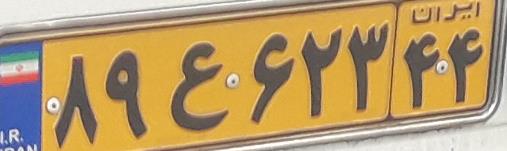
۸۹ع۶۲۳۴۴